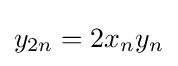
y_{2n}=2x_{n}y_{n}